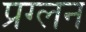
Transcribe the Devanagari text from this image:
प्रग्लन